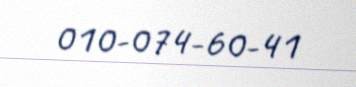
010-074-60-41